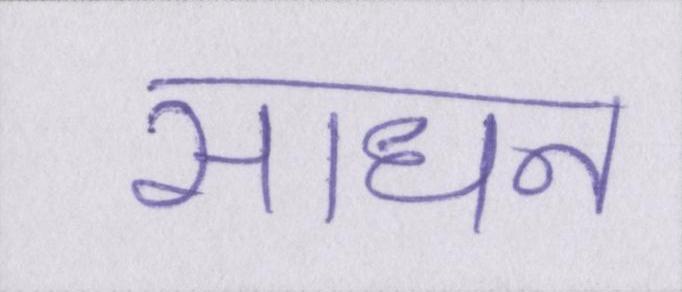
साधन